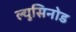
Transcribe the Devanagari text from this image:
ल्युसिनोड